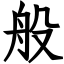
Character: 般